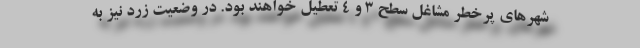
شهرهای پرخطر مشاغل سطح ۳ و ۴ تعطیل خواهند بود. در وضعیت زرد نیز به